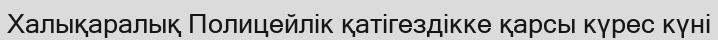
Халықаралық Полицейлік қатігездікке қарсы күрес күні